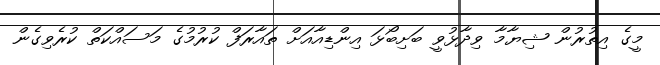
މީގެ އިތުރުން ޝިޔާމާ ވިދާޅުވީ ބަށިބޯޅަ އިންޑިއާއަށް ތައާރަފް ކުރުމުގެ މަސައްކަތް ކުރެވިގެން